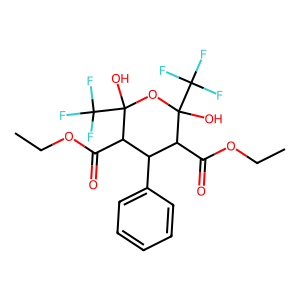
SMILES: CCOC(=O)C1C(c2ccccc2)C(C(=O)OCC)C(O)(C(F)(F)F)OC1(O)C(F)(F)F
Inhibits HIV replication: No